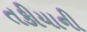
તકીયાની